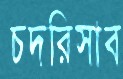
চদরিসাব